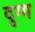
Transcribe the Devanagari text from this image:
दुग्ग